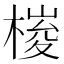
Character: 𣖱